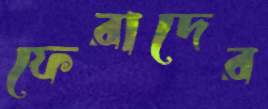
ফেরাদের